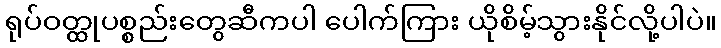
ရုပ်ဝတ္ထုပစ္စည်းတွေဆီကပါ ပေါက်ကြား ယိုစိမ့်သွားနိုင်လို့ပါပဲ။